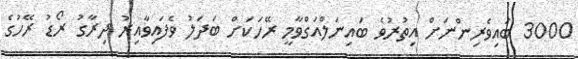
3000 ބައިވެރިންނަށް އިތުރުވެ ބައިނަލްއަގްވާމީ ރޭހަކަށް ބަދަލު ވެފައިވާއިރު ދިރާގު ރޯޑު ރޭހުގެ